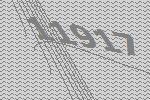
11917